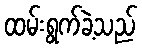
ထမ်းရွက်ခဲ့သည်